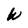
Character: W